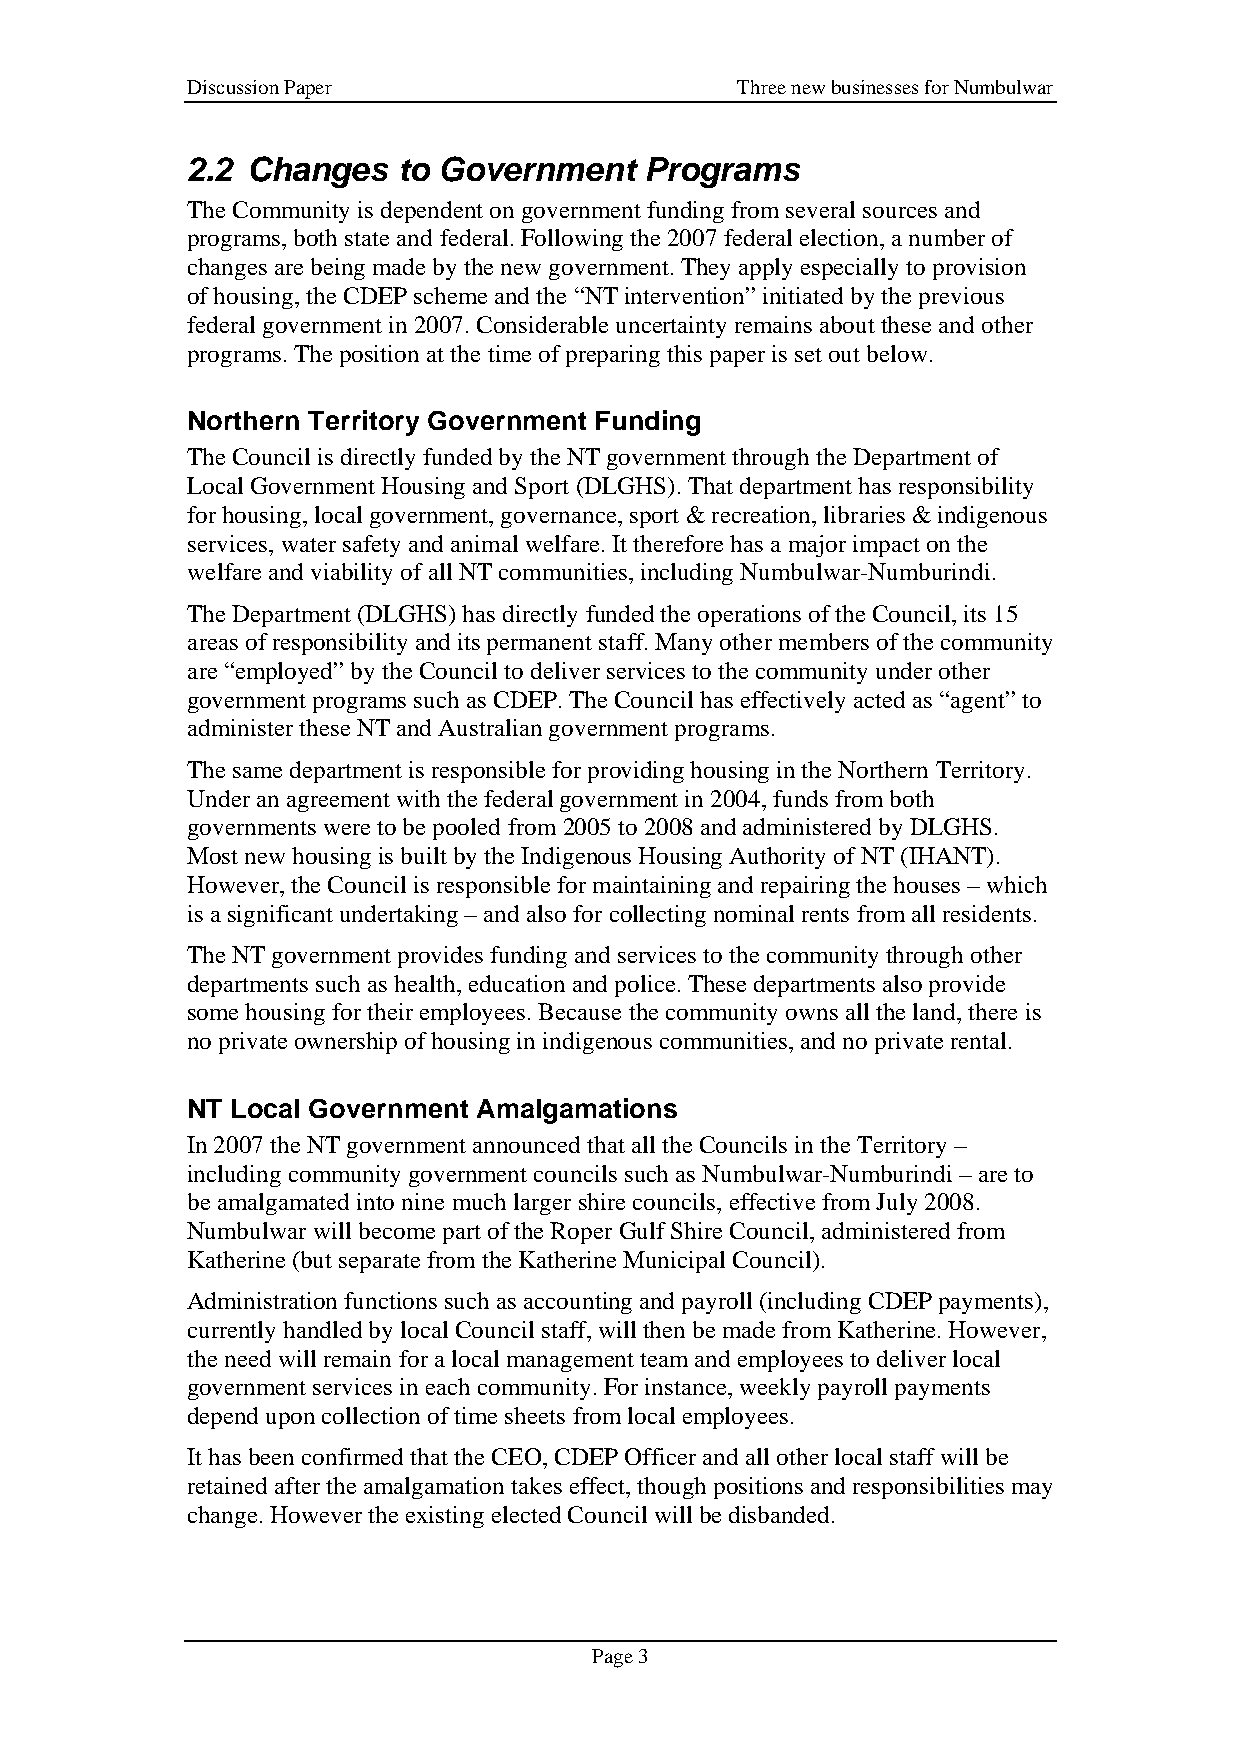
Discussion Paper                     Three new businesses for Numbulwar
 2.2 Changes   to Government    Programs
 The Community is dependent on government funding from several sources and
 programs, both state and federal. Following the 2007 federal election, a number of
 changes are being made by the new government. They apply especially to provision
 of housing, the CDEP scheme and the “NT intervention” initiated by the previous
 federal government in 2007. Considerable uncertainty remains about these and other
 programs. The position at the time of preparing this paper is set out below.
 Northern Territory Government Funding
 The Council is directly funded by the NT government through the Department of
 Local Government Housing and Sport (DLGHS). That department has responsibility
 for housing, local government, governance, sport & recreation, libraries & indigenous
 services, water safety and animal welfare. It therefore has a major impact on the
 welfare and viability of all NT communities, including Numbulwar-Numburindi.
 The Department (DLGHS) has directly funded the operations of the Council, its 15
 areas of responsibility and its permanent staff. Many other members of the community
 are “employed” by the Council to deliver services to the community under other
 government programs such as CDEP. The Council has effectively acted as “agent” to
 administer these NT and Australian government programs.
 The same department is responsible for providing housing in the Northern Territory.
 Under an agreement with the federal government in 2004, funds from both
 governments were to be pooled from 2005 to 2008 and administered by DLGHS.
 Most new housing is built by the Indigenous Housing Authority of NT (IHANT).
 However, the Council is responsible for maintaining and repairing the houses – which
 is a significant undertaking – and also for collecting nominal rents from all residents.
 The NT government provides funding and services to the community through other
 departments such as health, education and police. These departments also provide
 some housing for their employees. Because the community owns all the land, there is
 no private ownership of housing in indigenous communities, and no private rental.
 NT Local Government Amalgamations
 In 2007 the NT government announced that all the Councils in the Territory –
 including community government councils such as Numbulwar-Numburindi – are to
 be amalgamated into nine much larger shire councils, effective from July 2008.
 Numbulwar will become part of the Roper Gulf Shire Council, administered from
 Katherine (but separate from the Katherine Municipal Council).
 Administration functions such as accounting and payroll (including CDEP payments),
 currently handled by local Council staff, will then be made from Katherine. However,
 the need will remain for a local management team and employees to deliver local
 government services in each community. For instance, weekly payroll payments
 depend upon collection of time sheets from local employees.
 It has been confirmed that the CEO, CDEP Officer and all other local staff will be
 retained after the amalgamation takes effect, though positions and responsibilities may
 change. However the existing elected Council will be disbanded.
 Page 3